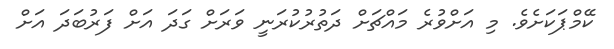
ކޭމްޕަކަށެވެ. މި އަށްވުރެ މައްޗަށް ދަތުރުކުރަނީ ވަރަށް ގަދަ އަށް ފަރުބަދަ އަށް